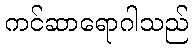
ကင်ဆာရောဂါသည်